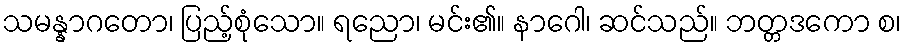
သမန္နာဂတော၊ ပြည့်စုံသော။ ရညော၊ မင်း၏။ နာဂေါ၊ ဆင်သည်။ ဘတ္တဒကော စ၊